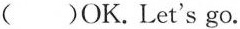
( )OK.Let's go.